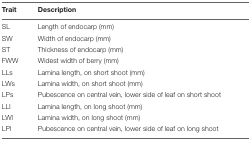
| Trait | Description |
 | --- | --- |
 | SL | Length of endocarp (mm) |
 | SW | Width of endocarp (mm) |
 | ST | Thickness of endocarp (mm) |
 | FWW | Widest width of berry (mm) |
 | LLs | Lamina length, on short shoot (mm) |
 | LWs | Lamina width, on short shoot (mm) |
 | LPs | Pubescence on central vein, lower side of leaf on short shoot |
 | LLl | Lamina length, on long shoot (mm) |
 | LWl | Lamina width, on long shoot (mm) |
 | LPl | Pubescence on central vein, lower side of leaf on long shoot |